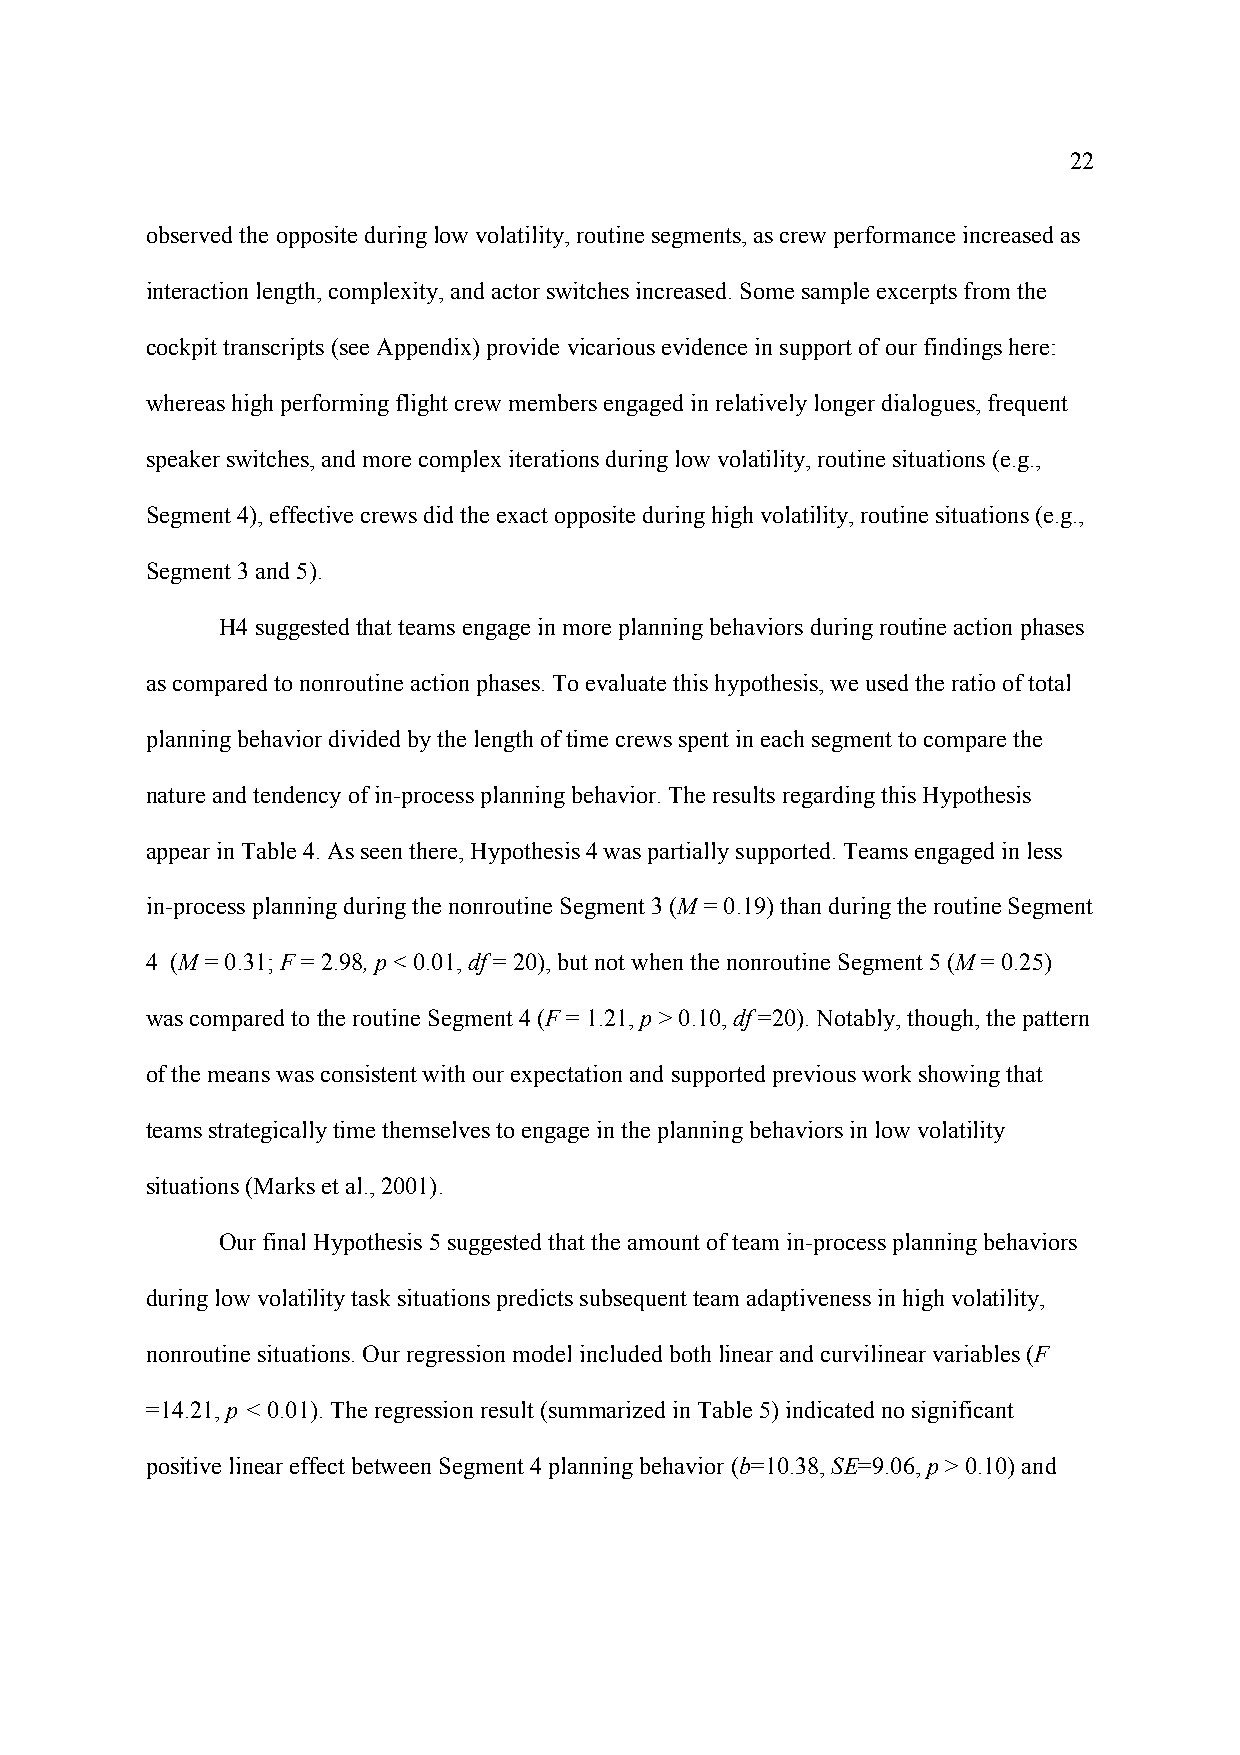
22
 observed the opposite during low volatility, routine segments, as crew performance increased as
 interaction length, complexity, and actor switches increased. Some sample excerpts from the
 cockpit transcripts (see Appendix) provide vicarious evidence in support of our findings here:
 whereas high performing flight crew members engaged in relatively longer dialogues, frequent
 speaker switches, and more complex iterations during low volatility, routine situations (e.g.,
 Segment 4), effective crews did the exact opposite during high volatility, routine situations (e.g.,
 Segment 3 and 5).
 H4 suggested that teams engage in more planning behaviors during routine action phases
 as compared to nonroutine action phases. To evaluate this hypothesis, we used the ratio of total
 planning behavior divided by the length of time crews spent in each segment to compare the
 nature and tendency of in-process planning behavior. The results regarding this Hypothesis
 appear in Table 4. As seen there, Hypothesis 4 was partially supported. Teams engaged in less
 in-process planning during the nonroutine Segment 3 (M = 0.19) than during the routine Segment
 4 (M = 0.31; F = 2.98, p < 0.01, df = 20), but not when the nonroutine Segment 5 (M = 0.25)
 was compared to the routine Segment 4 (F = 1.21, p > 0.10, df =20). Notably, though, the pattern
 of the means was consistent with our expectation and supported previous work showing that
 teams strategically time themselves to engage in the planning behaviors in low volatility
 situations (Marks et al., 2001).
 Our final Hypothesis 5 suggested that the amount of team in-process planning behaviors
 during low volatility task situations predicts subsequent team adaptiveness in high volatility,
 nonroutine situations. Our regression model included both linear and curvilinear variables (F
 =14.21, p < 0.01). The regression result (summarized in Table 5) indicated no significant
 positive linear effect between Segment 4 planning behavior (b=10.38, SE=9.06, p > 0.10) and